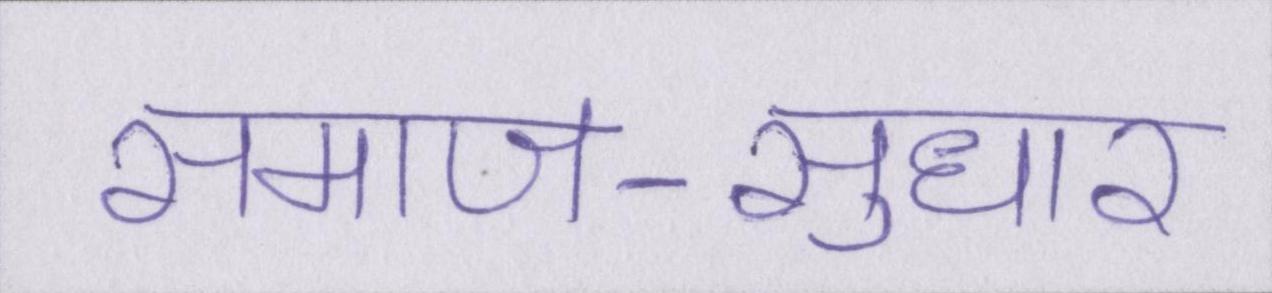
समाज-सुधार